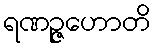
ရဏဉ္ဇဟောတိ